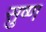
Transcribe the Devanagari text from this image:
सुष्ण